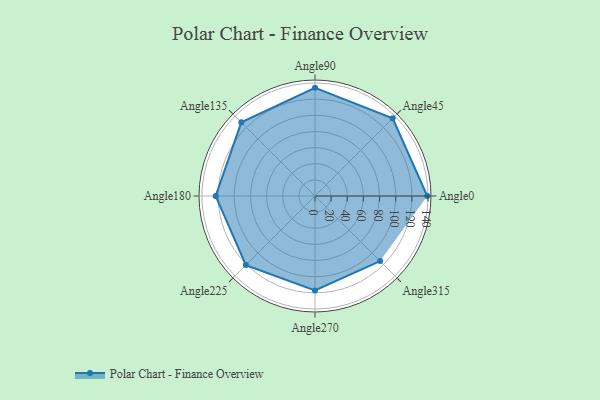
{"axis": {"x": "Angle", "y": "Radius"}, "legend": [""], "data": [{"x": "Angle0", "y": 139.0, "type": ""}, {"x": "Angle45", "y": 136.0, "type": ""}, {"x": "Angle90", "y": 134.0, "type": ""}, {"x": "Angle135", "y": 129.0, "type": ""}, {"x": "Angle180", "y": 123.0, "type": ""}, {"x": "Angle225", "y": 121.0, "type": ""}, {"x": "Angle270", "y": 117.0, "type": ""}, {"x": "Angle315", "y": 114.0, "type": ""}]}